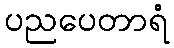
ပညပေတာရံ